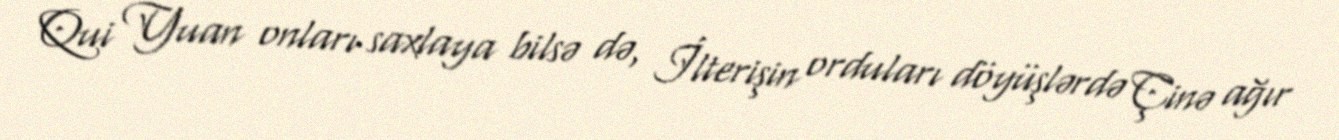
Qui Yuan onları saxlaya bilsə də, İlterişin orduları döyüşlərdə Çinə ağır